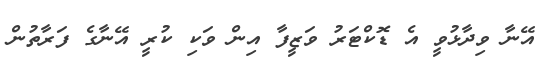
އޭނާ ވިދާޅުވީ އެ ޑޮކްޓަރު ވަޒީފާ އިން ވަކި ކުރީ އޭނާގެ ފަރާތުން